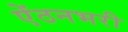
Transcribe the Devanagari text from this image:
ऐंठनभरी